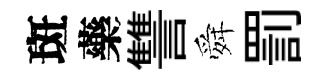
斑藥讐舜罰